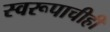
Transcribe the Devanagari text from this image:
स्वरूपाचीही